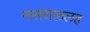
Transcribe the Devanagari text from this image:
नसराललह